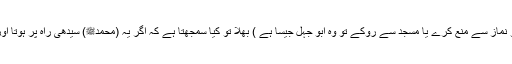
(معاذ اللہ جو کسی مسلمان کو نماز سے منع کرے یا مسجد سے روکے تو وہ ابو جہل جیسا ہے ) بھلا تو کیا سمجھتا ہے کہ اگر یہ (محمدﷺ) سیدھی راہ پر ہوتا اور اچھی بات کا حکم کرتا ہو؟